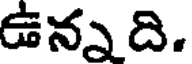
ఉన్నది.